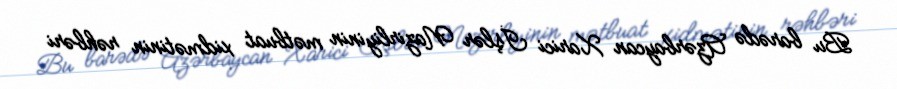
Bu barədə Azərbaycan Xarici İşlər Nazirliyinin mətbuat xidmətinin rəhbəri